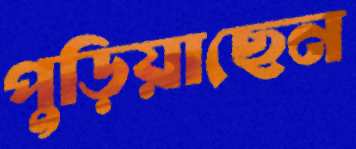
পুড়িয়াছেন